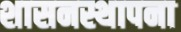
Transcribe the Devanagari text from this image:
शासनस्थापना